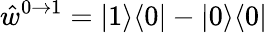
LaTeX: \hat{w}^{0\to 1}=|1\rangle\langle 0|-|0\rangle\langle 0|